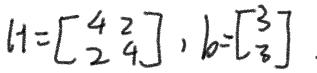
$A=\begin{bmatrix} 4 & 2 \\ 2 & 4 \end{bmatrix}, b=\begin{bmatrix} 3 \\ 3 \end{bmatrix}.$